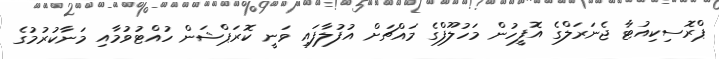
ޕްރޮސިކިއުޓާ ޖެނަރަލްގެ އޮފީހުން މަހުލޫފްގެ މައްޗަށް އުފުލާފައި ވަނީ ކޮރަޕްޝަން ހުއްޓުވުމާއި މަނާކުރުމުގެ